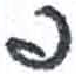
אות: פ